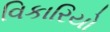
વિકારિયો